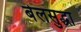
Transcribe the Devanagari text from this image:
बेलसुद्धा